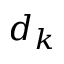
d _ { k }